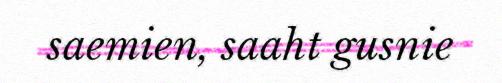
saemien, saaht gusnie